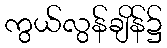
ကွယ်လွန်ချိန်၌